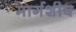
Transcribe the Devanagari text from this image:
मार्गशीष